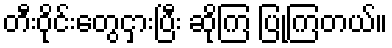
တီးဝိုင်းတွေငှားပြီး ဆိုကြ ပြုကြတယ်။